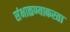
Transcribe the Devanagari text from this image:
संभाळण्याकरता